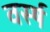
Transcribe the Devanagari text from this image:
वर्स्ष